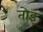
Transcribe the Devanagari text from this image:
तोइ